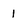
Character: 1